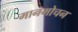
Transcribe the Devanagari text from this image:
मानमोचन